Annual report on the Civil Veterinary Department, Burma (including the Insein Veterinary School) - 1910-1922
Year: 1910
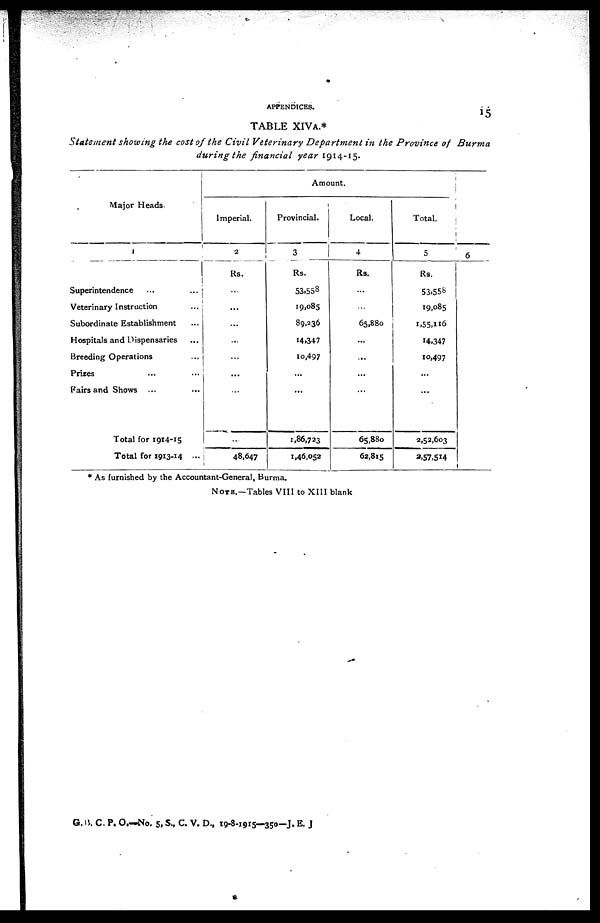
APPENDICES.
TABLE XIVA.*
Statement showing the cost of the Civil Veterinary Department in the Province of Burma
during the financial year 1914-15.
Major Heads.
1
Superintendence ... ...
Veterinary Instruction ...
Subordinate Establishment ...
Hospitals and Dispensaries ...
Breeding Operations ...
Prizes ... ...
Fairs and Shows ... ...
Total for 1914-15
Total for 1913-14 ...
Amount.
Imperial.
2
Rs.
...
...
...
...
...
...
...
...
48,647
Provincial.
3
Rs.
53,558
19,085
89,236
14,347
10,497
...
...
1,86,723
1,46,052
Local.
4
Rs.
...
...
65,880
...
...
...
...
65,880
62,815
Total.
5
Rs.
53,558
19,085
1,55,116
14,347
10,497
...
...
2,52,603
2,57,514
6
* As furnished by the Accountant-General, Burma.
NOTE.—Tables VIII to XIII blank.
G. B. C. P. O.—No. 5, S., C. V. D., 19-8-1915—350—J. E. J